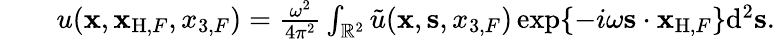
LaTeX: \begin{array}{rlr}&{}&{u({{\mathbf x}},{\mathbf x}_{\mathrm{H},F},x_{3,F})=\frac{\omega^{2}}{4\pi^{2}}\int_{{\mathbb{R}}^{2}}\tilde{u}({{\mathbf x}},{{\mathbf s}},x_{3,F})\exp\{ -i\omega{{\mathbf s}}\cdot{\mathbf x}_{\mathrm{H},F}\} \mathrm{d}^{2}{\mathbf s}.}\end{array}